Annual report on the health of the army in India
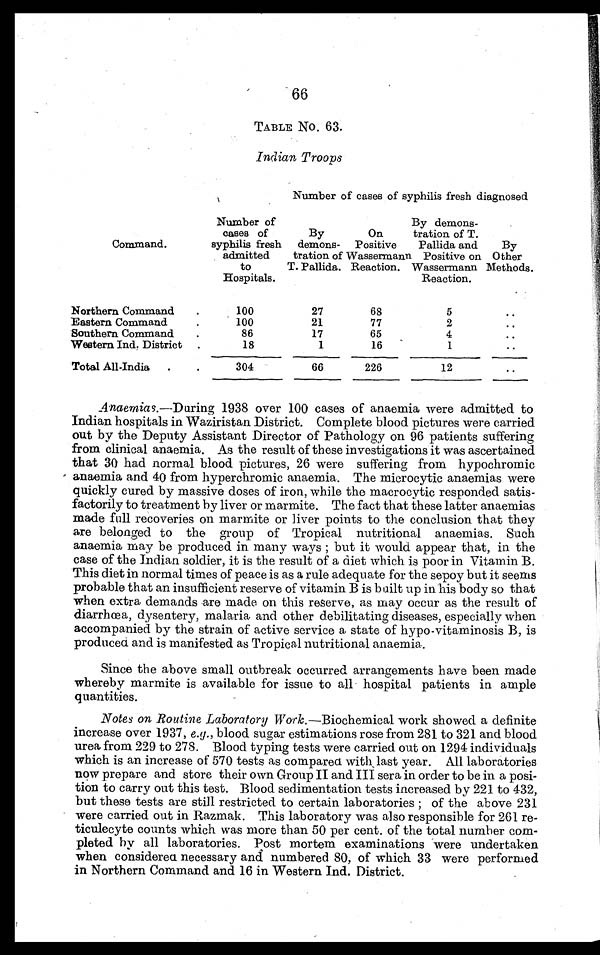
66
TABLE No. 63.
Indian Troops
Number of cases of syphilis fresh diagnosed
Command.
Number of
cases of
syphilis fresh
admitted
to
Hospitals.
By
demons-
tration of
T. Pallida.
On
Positive
Wassermann
Reaction.
By demons-
tration of T.
Pallida and
Positive on
Wassermann
Reaction.
By
Other
Methods.
Northern Command
.
100
27
68
5
..
Eastern Command
.
100
21
77
2
..
Southern Command
.
86
17
65
4
..
Western Ind. District
.
18
1
16
1
..
Total All-India
.
304
66
226
12
..
Anaemias.—During 1938 over 100 cases of anaemia were admitted to
Indian hospitals in Waziristan District. Complete blood pictures were carried
out by the Deputy Assistant Director of Pathology on 96 patients suffering
from clinical anaemia. As the result of these investigations it was ascertained
that 30 had normal blood pictures, 26 were suffering from hypochromic
anaemia and 40 from hyperchromic anaemia. The microcytic anaemias were
quickly cured by massive doses of iron, while the macrocytic responded satis-
factorily to treatment by liver or marmite. The fact that these latter anaemias
made full recoveries on marmite or liver points to the conclusion that they
are belonged to the group of Tropical nutritional anaemias. Such
anaemia may be produced in many ways ; but it would appear that, in the
case of the Indian soldier, it is the result of a diet which is poor in Vitamin B.
This diet in normal times of peace is as a rule adequate for the sepoy but it seems
probable that an insufficient reserve of vitamin B is built up in his body so that
when extra demands are made on this reserve, as may occur as the result of
diarrhœa, dysentery, malaria. and other debilitating diseases, especially when
accompanied by the strain of active service a state of hypo-vitaminosis B, is
produced and is manifested as Tropical nutritional anaemia.
Since the above small outbreak occurred arrangements have been made
whereby marmite is available for issue to all hospital patients in ample
quantities.
Notes on Routine Laboratory Work.—Biochemical work showed a definite
increase over 1937, e.g. , blood sugar estimations rose from 281 to 321 and blood
urea from 229 to 278. Blood typing tests were carried out on 1294 individuals
which is an increase of 570 tests as compared with, last year. All laboratories
now prepare and store their own Group II and III sera in order to be in a posi-
tion to carry out this test. Blood sedimentation tests increased by 221 to 432,
but these tests are still restricted to certain laboratories ; of the above 231
were carried out in Razmak. This laboratory was also responsible for 261 re-
ticulecyte counts which was more than 50 per cent. of the total number com-
pleted by all laboratories. Post mortem examinations were undertaken
when considered necessary and numbered 80, of which 33 were performed
in Northern Command and 16 in Western Ind. District.